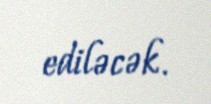
ediləcək.